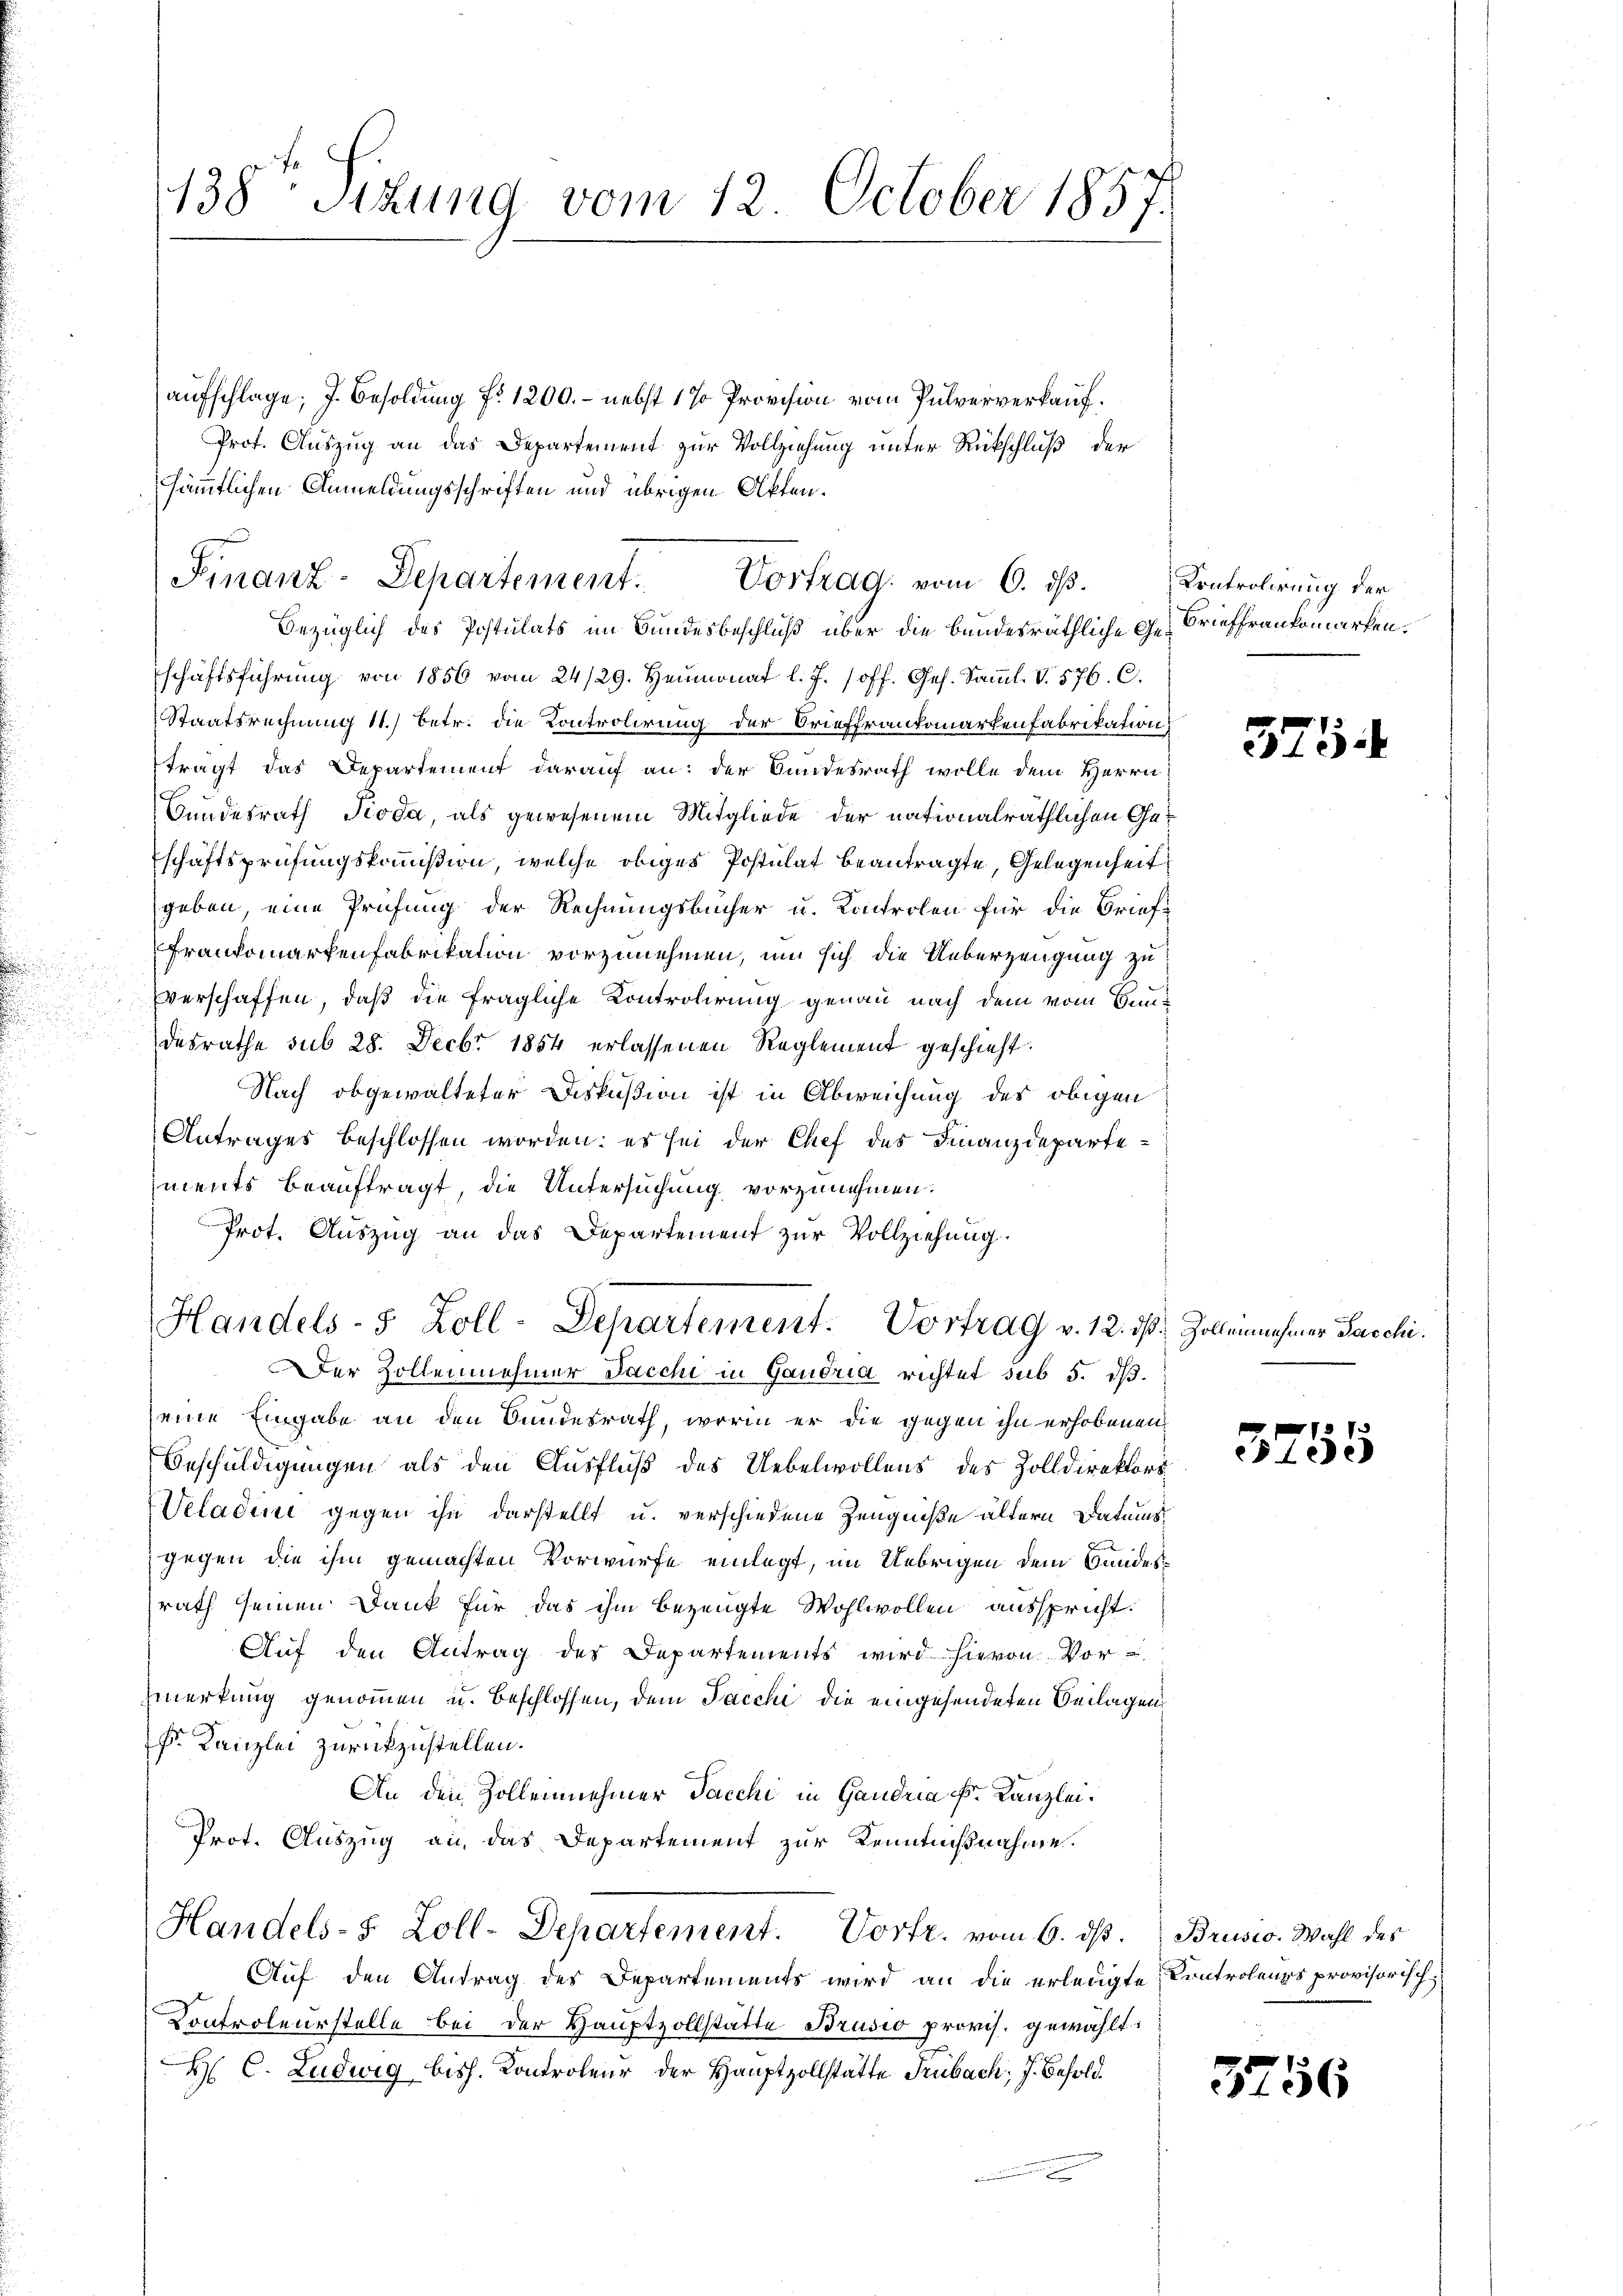
.

aufschlage; J. Besoldung f. 1200. - nebst 1 % Provision vom Pulververkauf¬
Prof. Auszug an das Departement zur Vollziehung unter Rückschluß der
sämmtlichen Anmeldungsschriften und übrigen Aktenbezüglich des Postulats im Bundesbeschluß über die bundesräthliche Ge- Brieffrankomarken.
schäftsführŭng von 1856 vom 24/29. Heumonat l. J. /off. Ges. Samml. V. 576. C.
Staatsrechnung 11.) Betr. die Kontrolirung der Orieffrankonartenfabrikation
tragt das Departement darauf an: der Bundesrath wolle dem Herrn
Bundesrath Pioda, als gewesenem Mitgliede der nationalräthlichen Geschaftsprüfungskommißion, welche obiges Postulat beantragte, Gelegenheit
geben eine Prüfung der Rechnungsbücher u. Kontrolen für die Brief-
Frankomarkenfabrikation vorzunehmen, um sich die Ueberzeugung zu
Everschaffen, daß die fragliche Kontrolirung genau nach dem vom Baudesrathe sub 28. Decbr 1854 erlassenen Reglement geschieht.
Nach obgewalteter Diskußion ist in Abweichung des obigen
Antrages beschlossen worden; es sei der Chef des Finanzdeparteiments beauftragt, die Untersuchung vorzunehmen.
Prot. Auszug an das Departement zur Vollziehung.
Handels- 8 Zoll-Departement. Vortrag v. 12. 10.
er Zollennehmer Sacchi in Gaudria richtet sub 5. dß.
eine Eingabe an den Bundesrath, worin er die gegen ihn erhobenen
Beschuldigungen als den Ausfluß des Uebelwollens des Zolldirektors
Veladene gegen ihn darstellt u. verschiedene Zeugniße ältern Datums
gegen die ihm gemachten Vorwürfe einlegt, im Uebrigen dem Bundesrath seinen Dank für das ihm bezeugte Wohlwollen ausspricht.
Aŭf den Antrag des Departements wird hievon Vor-
merkung genommen u. beschlossen, dem Jacchi die eingehendeten Beilagen
Fr. Kanzlei zurückzustellen.
An den Zollennehmer Sacchi in Gandria Fr. Kanzlei.
Prot. Auszug an das Departement zur Kenntnißnahme.
Handels- 5 Zoll-Departement. Vortr. vom 6. ds.
Auf den Antrag des Departements wird an die erledigte Controlens provisorisch¬
Controleurstelle bei der Hauptzollstätte Brusio provis. gewählt:
H C. Ludwig bish. Kontroleur der Hauptzollstätte Trubach; J. Besold.
2

138 Sizung vom 12. October 1857.

Finanz-Departement. Vortrag vom 6. ds.

Controlirung der

375.

Zollennehmer Sacchi.

3755

Brusio. Wahl des

3756